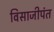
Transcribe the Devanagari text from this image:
विसाजीपंत